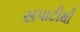
સપાટીથી